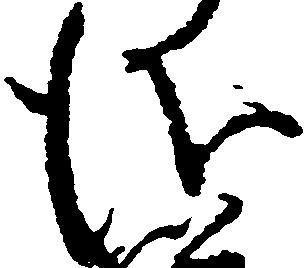
儀